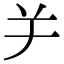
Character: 𦍍